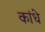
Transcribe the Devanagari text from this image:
कांधे